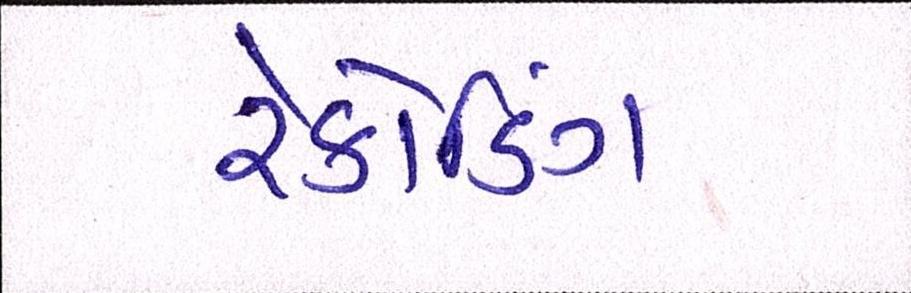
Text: રેકોર્ડિંગ